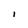
Character: i